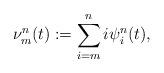
LaTeX: \begin{align*}\nu^{n}_m(t):= \sum_{i=m}^{n}i\psi^{n}_i(t),\end{align*}